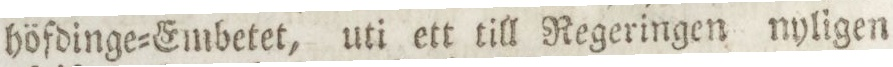
höfdinge=Embetet, uti ett till Regeringen nyligen